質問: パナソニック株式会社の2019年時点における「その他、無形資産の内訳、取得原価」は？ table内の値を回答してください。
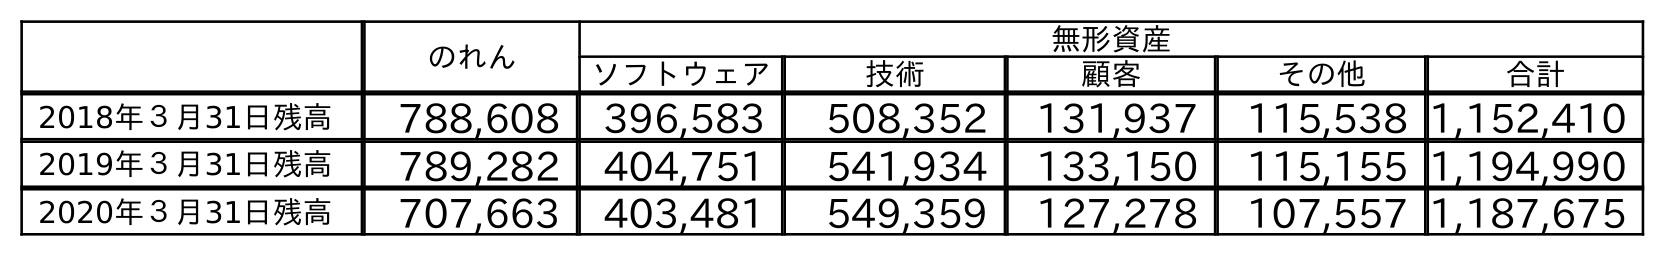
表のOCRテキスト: のれん 無形資産 ソフトウェア 技術 顧客 その他 合計 2018年３月31日残高 788,608 396,583 508,352 131,937 115,538 1,152,410 2019年３月31日残高 789,282 404,751 541,934 133,150 115,155 1,194,990 2020年３月31日残高 707,663 403,481 549,359 127,278 107,557 1,187,675
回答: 115,155